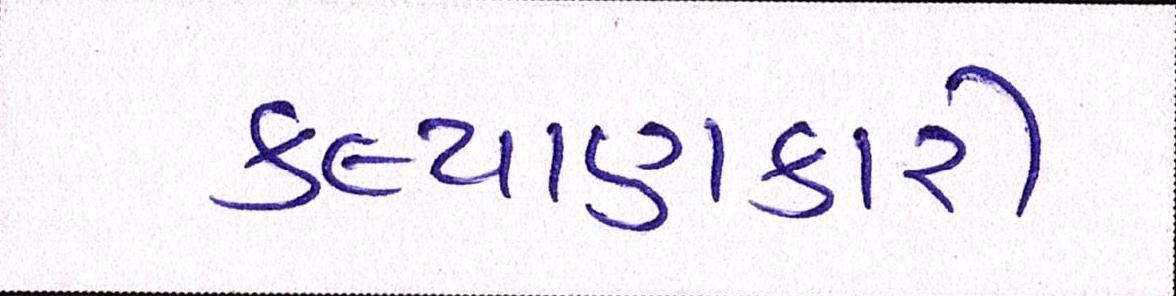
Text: કલ્યાણકારી